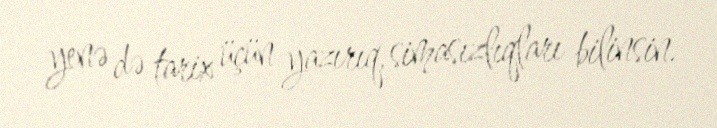
yenə də tarix üçün yazırıq, simasızlıqları bilinsin.